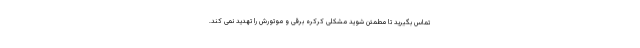
تماس بگیرید تا مطمئن شوید مشکلی کرکره برقی و موتورش را تهدید نمی کند.